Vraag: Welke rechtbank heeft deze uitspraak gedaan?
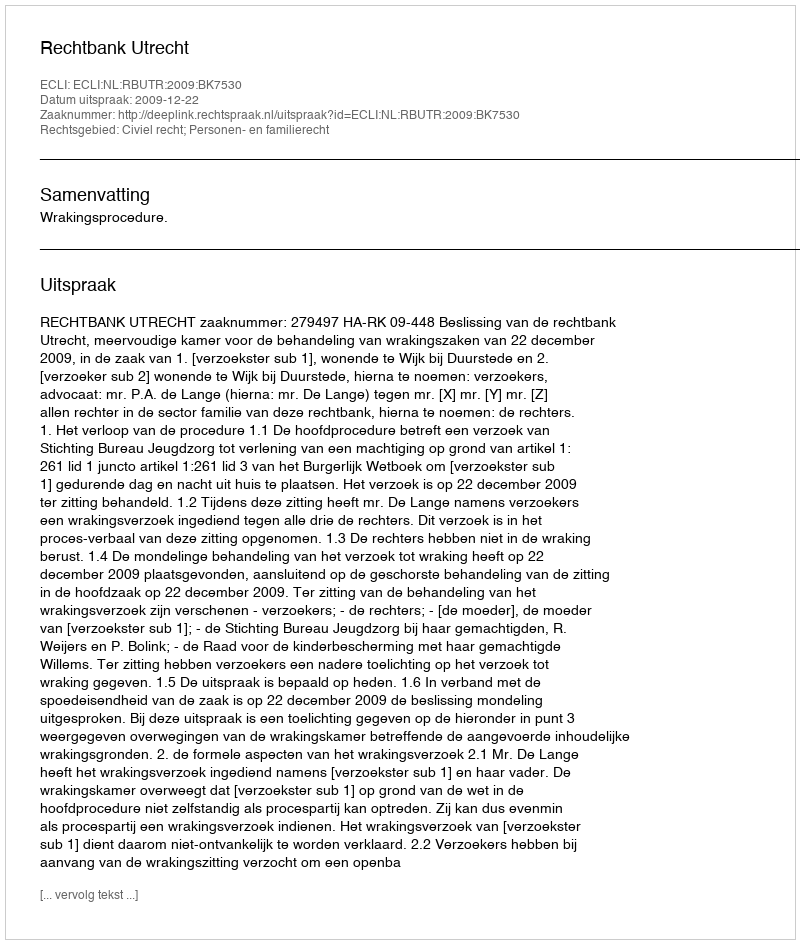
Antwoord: Rechtbank Utrecht